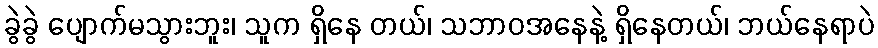
ခွဲခွဲ ပျောက်မသွားဘူး၊ သူက ရှိနေ တယ်၊ သဘာဝအနေနဲ့ ရှိနေတယ်၊ ဘယ်နေရာပဲ